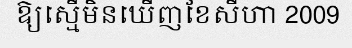
ឱ្យស្មើមិនឃើញខែសីហា 2009